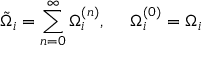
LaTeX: \tilde { \Omega } _ { i } = \sum _ { n = 0 } ^ { \infty } \Omega _ { i } ^ { ( n ) } , ~ ~ ~ ~ \Omega _ { i } ^ { ( 0 ) } = \Omega _ { i }